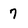
Character: 7